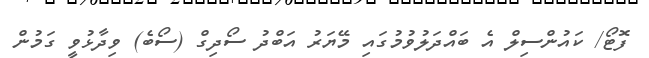
ފޮޓޯ/ ކައުންސިލް އެ ބައްދަލުވުމުގައި މޭޔަރު އަބްދު ސޯދިގް (ސޯބެ) ވިދާޅުވީ ގަމުން